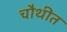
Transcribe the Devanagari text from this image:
चौथीत